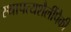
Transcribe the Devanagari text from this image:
स्थापत्यशैलींपैकी